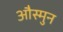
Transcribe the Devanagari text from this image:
औस्मुन